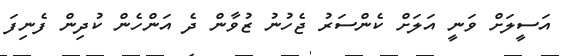
އަސީލަށް ވަނީ އަލަށް ކެންސަރު ޖެހުނު ޒުވާން ދެ އަންހެން ކުދިން ފެނިފަ